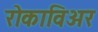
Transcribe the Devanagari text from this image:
रोकाविअर